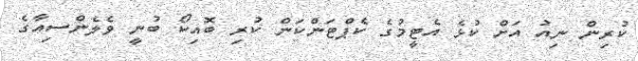
ކުރިން ނިއު އަށް ކުޅެ އެޓީމުގެ ކެޕްޓަންކަން ކުރި ބޮއިކޯ ބުނީ ވެލެންސިއާގެ